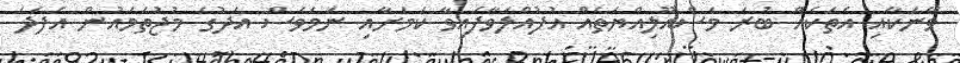
ވޭނަކާއި އެތަކެއް ބުރަ މަސްއޫލިއްޔަތެއް އުފުއްލަވާފައިވާ ކަމަށާއި ނަމަވެސް އަދުގެ މުޖުތަމައުން އެފަދަ